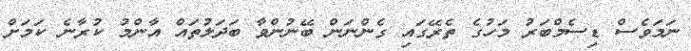
ނަމަވެސް ޑިސެމްބަރު މަހުގެ ތެރޭގައި ގެންނަން ބޭނުންވާ ބަދަލުތައް އާންމު ކުރާނެ ކަމަށް